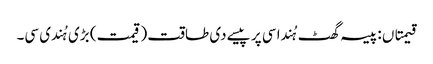
قیمتاں : پیسہ گھٹ ہُندا سی پر پیسے دی طاقت (قیمت) بڑی ہُندی سی۔